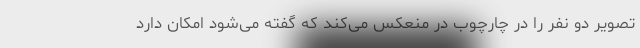
تصویر دو نفر را در چارچوب در منعکس می‌کند که گفته می‌شود امکان دارد